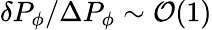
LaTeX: \delta P_{\phi}/\Delta P_{\phi}\sim{\cal O}(1)